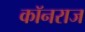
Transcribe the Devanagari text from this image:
कॉनराज